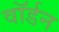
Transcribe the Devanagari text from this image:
वॉर्डन